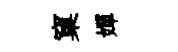
窠嬋